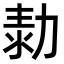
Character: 𠡾